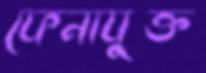
ফেনাযুক্ত